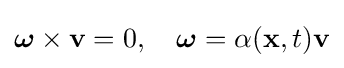
{\boldsymbol {\omega }}\times \mathbf {v} =0,\quad {\boldsymbol {\omega }}=\alpha (\mathbf {x} ,t)\mathbf {v}